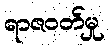
ရာဇဝတ်မှု